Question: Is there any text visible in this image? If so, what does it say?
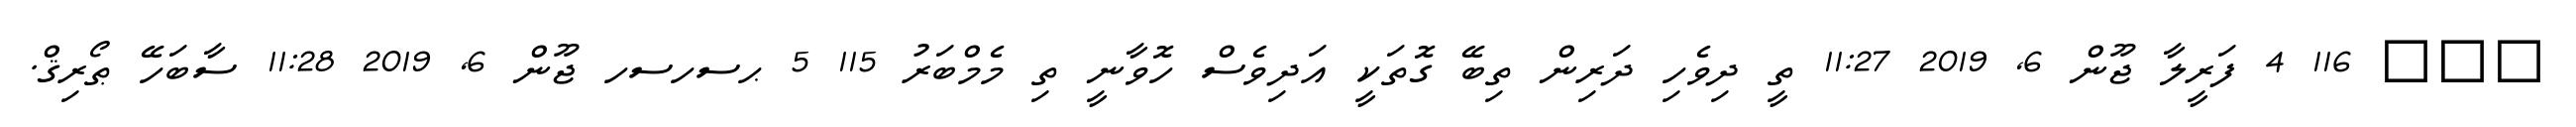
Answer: ??? 116 4 ފަރީލާ ޖޫން 6, 2019 11:27 ތީ ދިވެހި ދަރިން ތިބޭ ގޮތަކީ އަދިވެސް ހޮވާނީ ތި މެމްބަރު 115 5 ޙސހސހ ޖޫން 6, 2019 11:28 ސާބަހޭ ޠޯރިޤް.